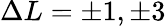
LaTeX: \Delta L=\pm 1,\pm 3